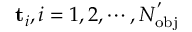
\mathbf { t } _ { i } , i = 1 , 2 , \cdots , N _ { \mathrm { { o b j } } } ^ { ' }